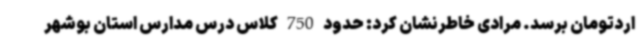
اردتومان برسد. مرادی خاطرنشان کرد: حدود 750 کلاس درس مدارس استان بوشهر